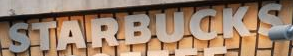
ATARBUCKA